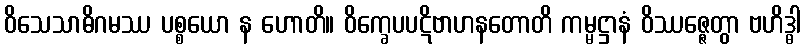
ဝိသေသာဓိဂမဿ ပစ္စယော န ဟောတိ။ ဝိက္ခေပပဋိဗာဟနတောတိ ကမ္မဋ္ဌာနံ ဝိဿဇ္ဇေတွာ ဗဟိဒ္ဓါ